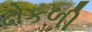
ઢોકળી